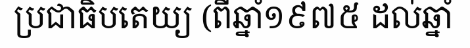
ប្រជាធិបតេយ្យ (ពីឆ្នាំ១៩៧៥ ដល់ឆ្នាំ